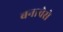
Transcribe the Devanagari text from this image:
बनावेसे